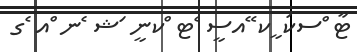
ޓާ ްސކަ ީކ ޭއސީ ެޓ ްކނީ ަޝ ެނ ްއ ެގ